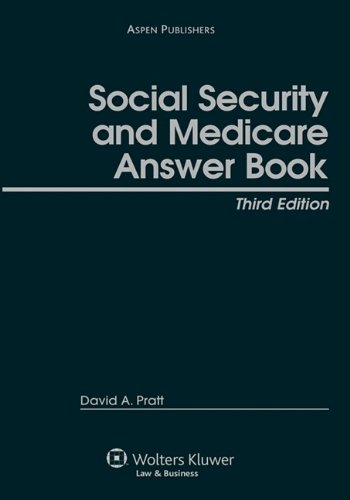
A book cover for Social Security and Medicare Answer Book; David A. Pratt; Law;